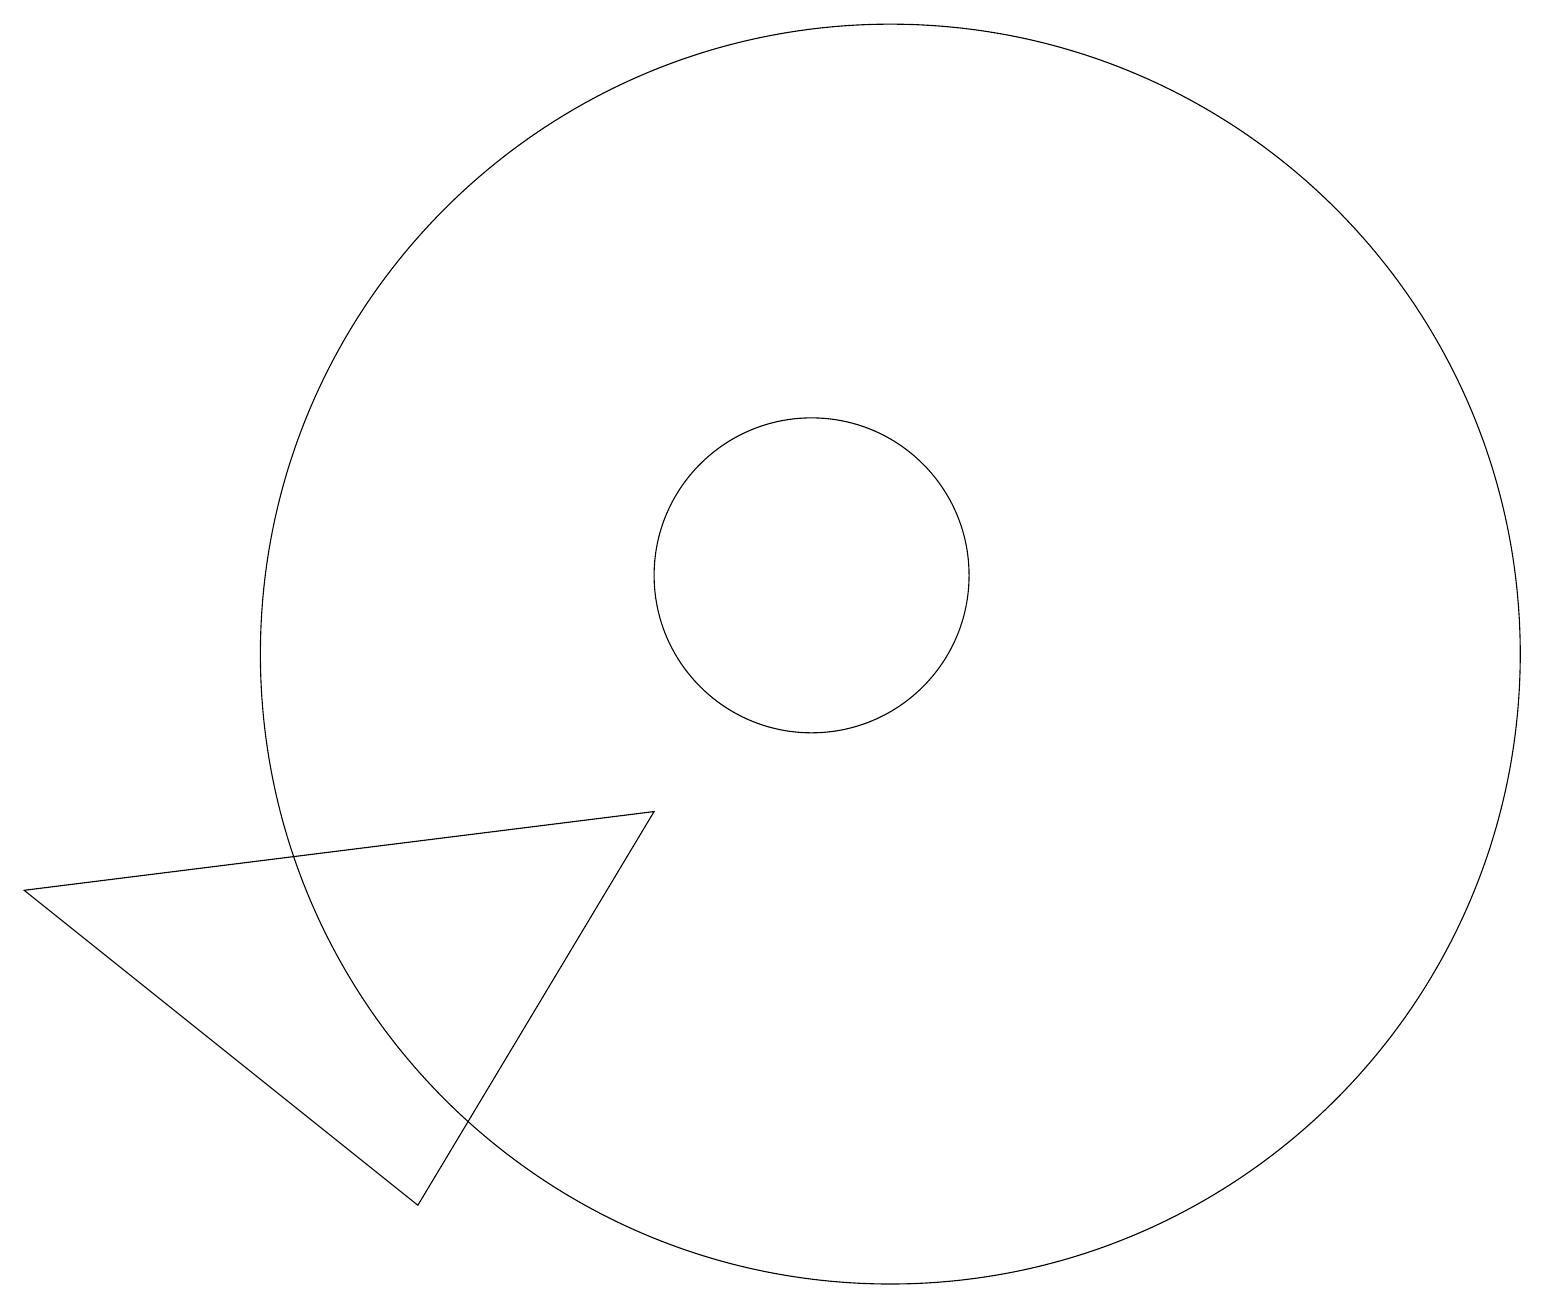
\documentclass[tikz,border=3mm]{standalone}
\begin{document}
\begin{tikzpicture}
\draw (10,11) circle (2);
\draw (11,10) circle (8);
\draw (0,7) -- (8,8) -- (5,3) -- cycle;
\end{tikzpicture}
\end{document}